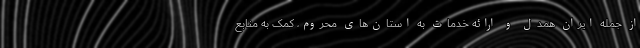
از جمله ایران همدل و ارائه‌ خدمات به استان‌های محروم، کمک به منابع